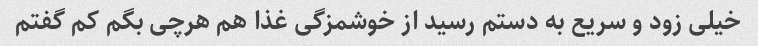
خیلی زود و سریع به دستم رسید از خوشمزگی غذا هم هرچی بگم‌ کم گفتم